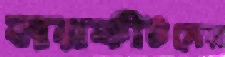
নরকীটদের